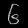
Digit: ၆